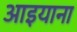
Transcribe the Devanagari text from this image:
आइयाना